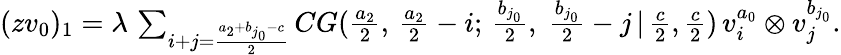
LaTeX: \begin{array}{r}{(zv_{0})_{1}=\lambda\, \sum_{i+j=\frac{a_{2}+b_{j_{0}}-c}{2}}CG(\frac{a_{2}}{2},\, \frac{a_{2}}{2}-i;\, \frac{b_{j_{0}}}{2},\; \frac{b_{j_{0}}}{2}-j\, |\, \frac{c}{2},\frac{c}{2})\, v_{i}^{a_{0}}\otimes v_{j}^{b_{j_{0}}}.}\end{array}